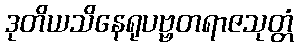
ဒုတိယသိနေရုပဗ္ဗတရာဇသုတ္တံ